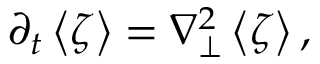
{ \partial _ { t } } \left< \zeta \right> = \nabla _ { \perp } ^ { 2 } \left< \zeta \right> ,